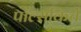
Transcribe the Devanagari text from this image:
पॉल्सकिर्चे